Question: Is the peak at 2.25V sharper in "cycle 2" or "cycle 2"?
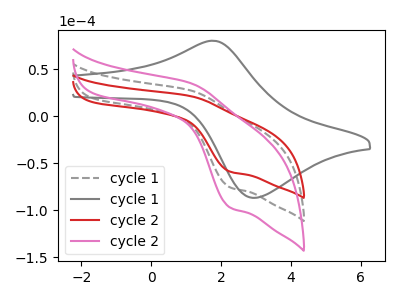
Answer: <think>The gray dashed curve "cycle 1" has an anodic peak at (1.15V, 27.25uA) and a cathodic peak at (2.25V, -75.50uA). The gray curve "cycle 1" has an anodic peak at (1.70V, 80.15uA) and a cathodic peak at (2.90V, -86.80uA). The red curve "cycle 2" has an anodic peak at (1.15V, 21.25uA) and a cathodic peak at (2.25V, -58.80uA). The pink curve "cycle 2" has an anodic peak at (1.15V, 54.55uA) and a cathodic peak at (2.25V, -151.00uA).</think>
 <answer>The peak at 2.25V is lower in "cycle 2" than in "cycle 2".</answer>
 <eval>lower</eval>